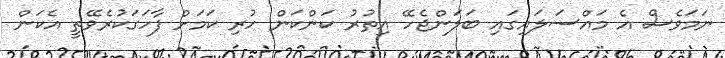
ނަމަވެސް އެ މައްސަލައިގައި ބަލަންޖެހޭ އިތުރު ކަންކަން ހުރި ކަމަށް ފާހަގަކުރެވޭތީ އެކަން